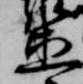
直